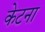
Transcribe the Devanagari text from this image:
केटना